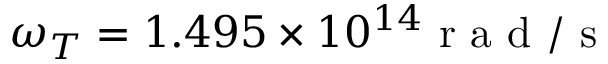
\omega _ { T } = 1 . 4 9 5 \times 1 0 ^ { 1 4 } \mathrm { ~ r ~ a ~ d ~ / ~ s ~ }